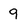
Character: 9